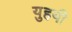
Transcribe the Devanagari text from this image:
युहयी